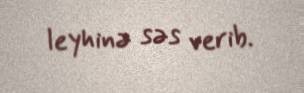
leyhinə səs verib.